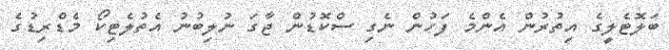
ބަލޮޓެލީގެ އިތުރުން އެންމެ ފަހުން ނެގި ސްކޮޑުން ޖާގަ ނުލިބުނު އެތުލެޓިކޯ މެޑްރިޑުގެ